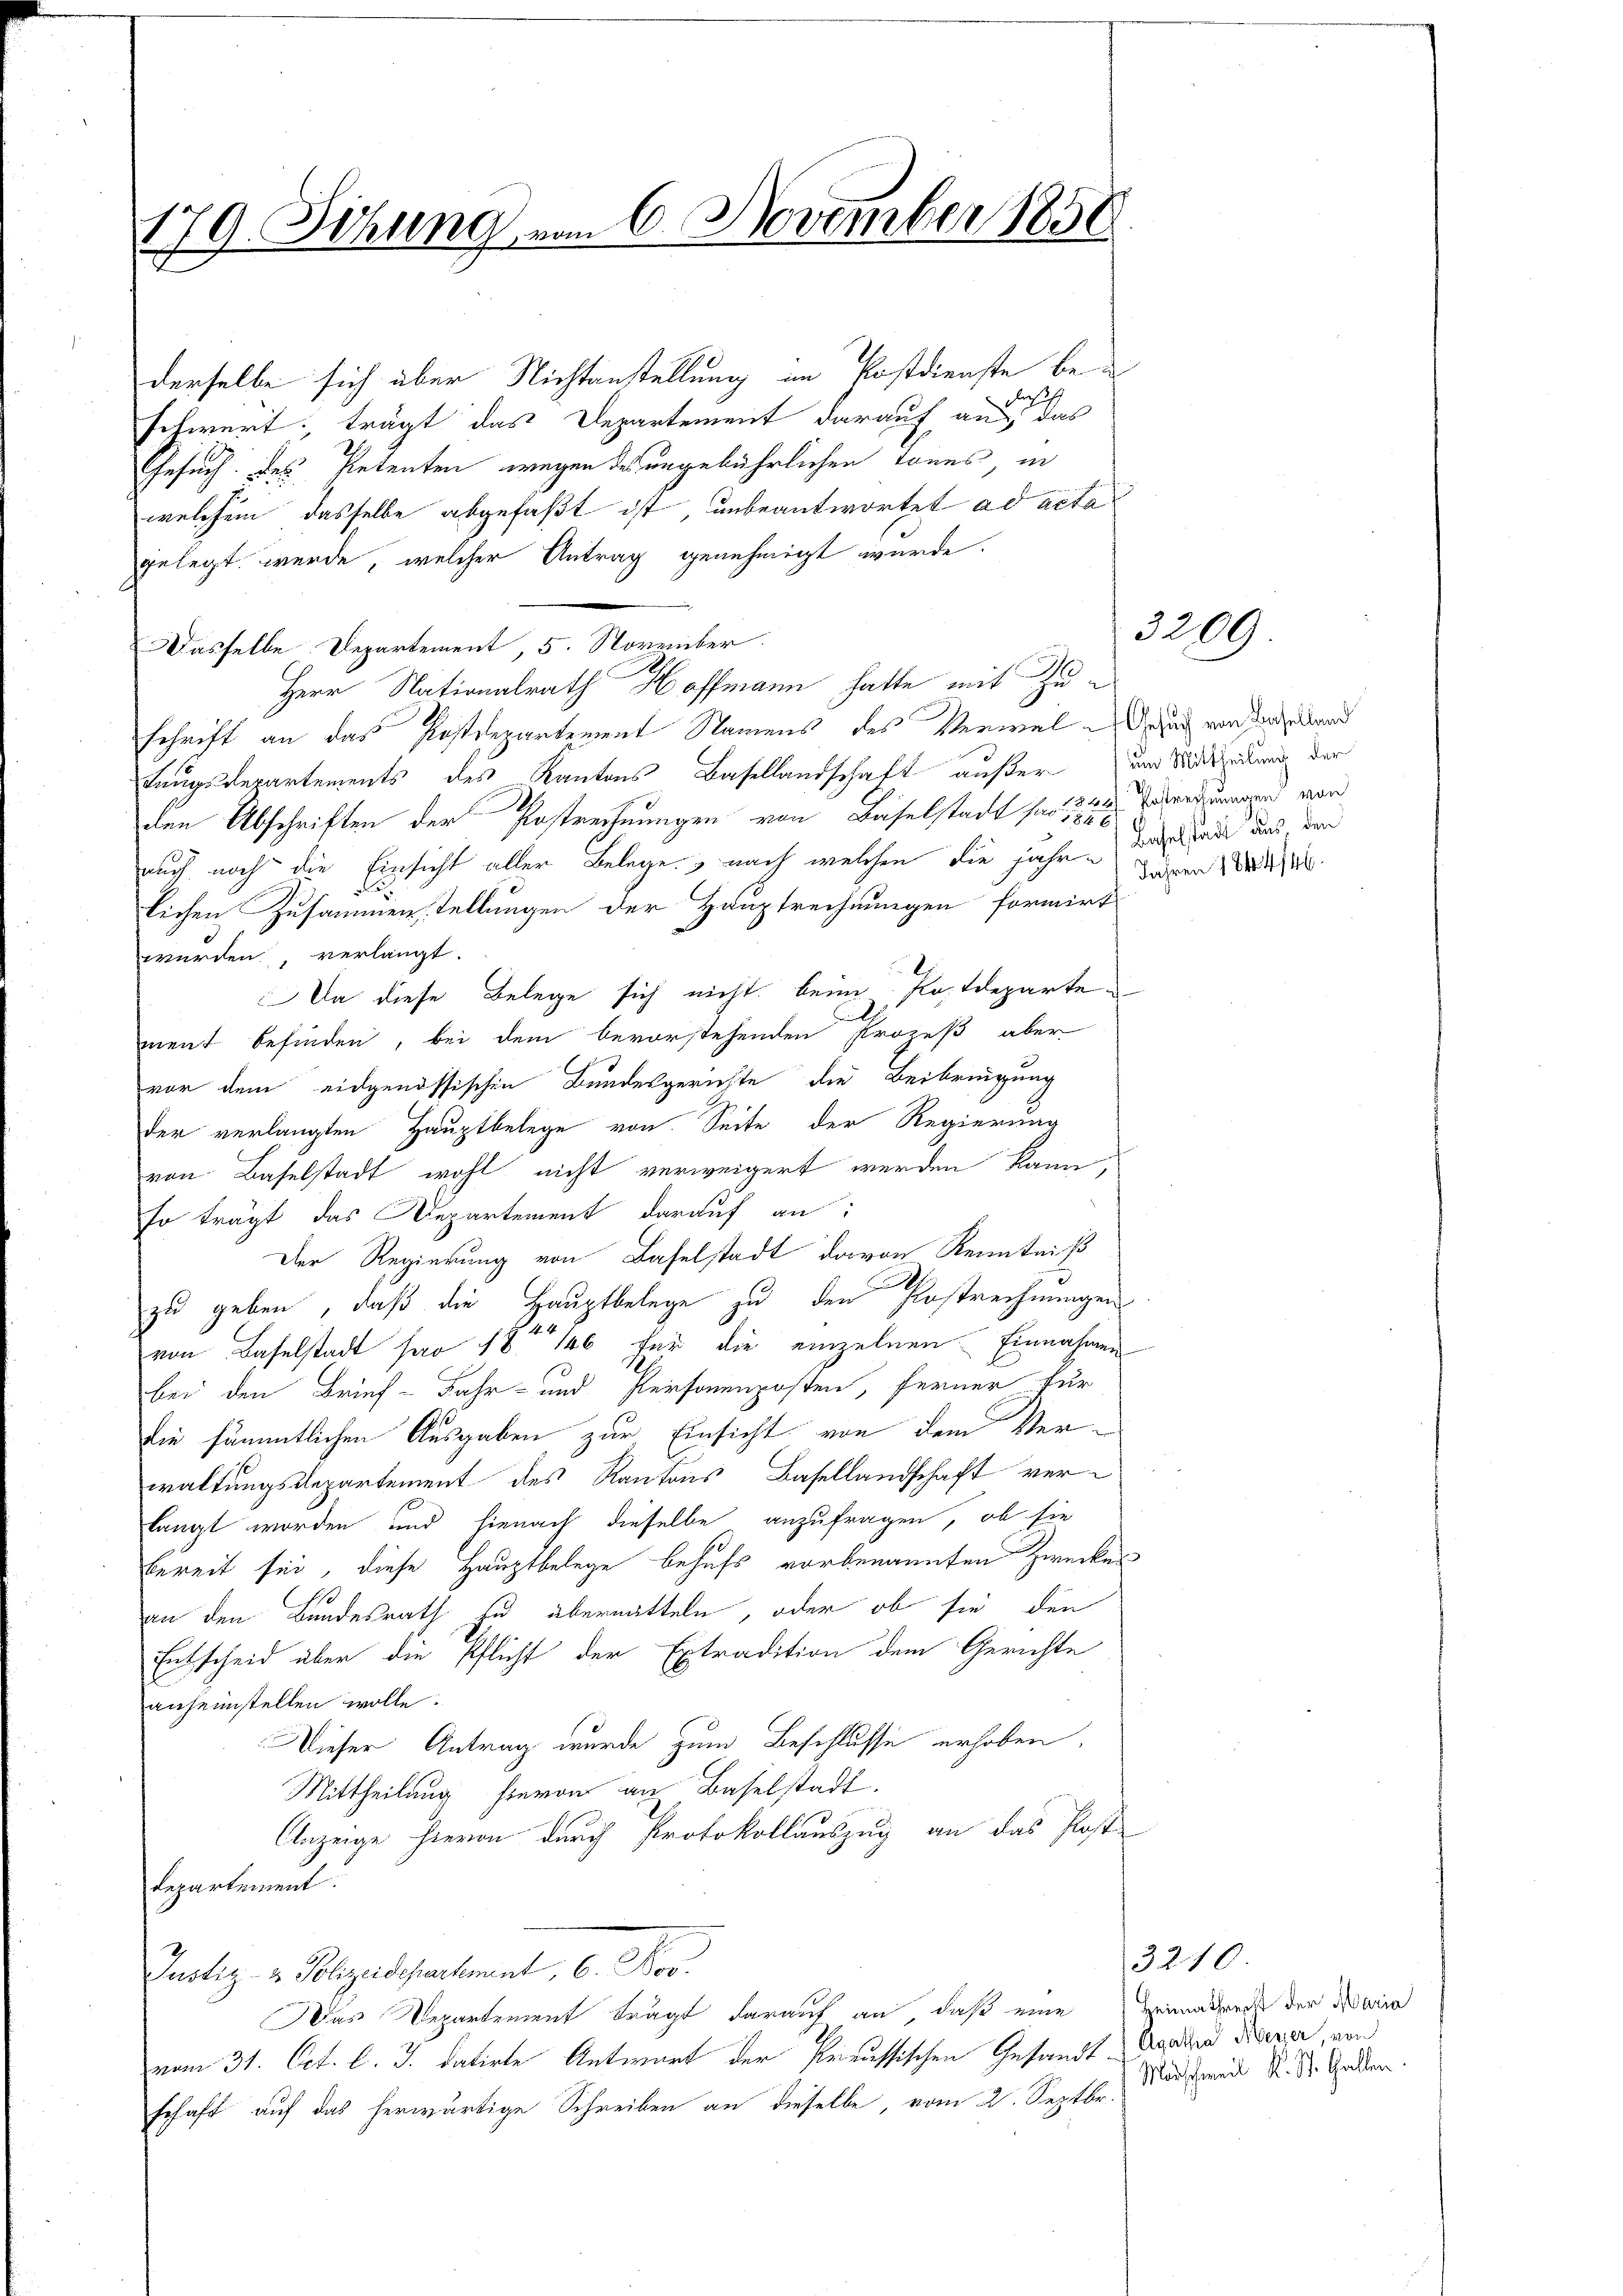
179. Sitzung vom 6. November 1830
g

derselbe sich über Nichtanstellung an Postdienste bei
schwert, trägt das Departement darauf an das
Gesuch des Petenten wegen des angebührlichen Tones in
welchem dasselbe abgefaßt ist, unbeantwortet ad acta
gelegt werde, welcher Antrag genehmigt wurde.
Dasselbe Departement 5. November
Herr Nationalrath Hoffmann hatte mit Zuschrift an das Postdepartement Namens des Verwal-Ansuch von Seelend
tungsdepartements des Kantons Basellandschaft außer und Wittwendung der
18
den Abschriften der Postrechnungen von Baselstadt sie aber dann von
auch noch die Einsicht aller Belege, nach welchen die Jahre Tagelade aus, den
lichen Zusammenstellungen der Hauptrechnungen formirt
würden, verlangt.
Da diese Belege sich nicht beim Plastdeparte
n
ment befinden, bei dem bevorstehenden Prozeß aber
vor dem eidgenössischen Bundesgerichte die Beibringung
der verlangten Hauptbelege von Seite der Regierung
von Baselstadt wohl nicht verweigert werden kann,
so trägt das Departement darauf an:
Der Regierung von Baselstadt davon Kenntniß
zu geben, daß die Hauptbelege zu den Postrechnungen
von Baselstadt pro 18. 146 für die einzelnen Einnahmen
bei den Brief - Jahr- und Personenposten, ferner kur
die sämmtlichen Ausgaben zur Einsicht von dem Verwaltungsdepartement des Kantons Basellandschaft verlangt worden und hienach dieselbe anzufragen, ob sie
bereit sei, diese Hauptbelege behufs vorbenannten Zwecken
an den Bundesrath zu übernatteln, oder ob sie den
Entscheid über die Pflicht der Extradition dem Gerichte
anheimstellen wolle.
Dieser Antrag wurde zum Beschlusse erhoben.
Mittheilung hievon an Baselstadt,
Anzeige hievon durch Protokollauszug an das Poste
departement.
Justiz- & Polizeidepartement, 6. Nov.
Das Departement trägt darauf an, daß eine Heimatreck der Maria
vom 31. Oct. l. J. datirte Antwort der Preussischen Gesandt Agaden Neuer, von
schaft auf das herwärtige Schreiben an dieselbe, vom 2. Septbr. Martei R. St. Gallen.

Jahren 1844/46.

3200

3210